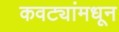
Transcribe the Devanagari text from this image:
कवट्यांमधून